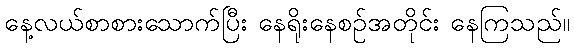
နေ့လယ်စာစားသောက်ပြီး နေရိုးနေစဉ်အတိုင်း နေကြသည်။